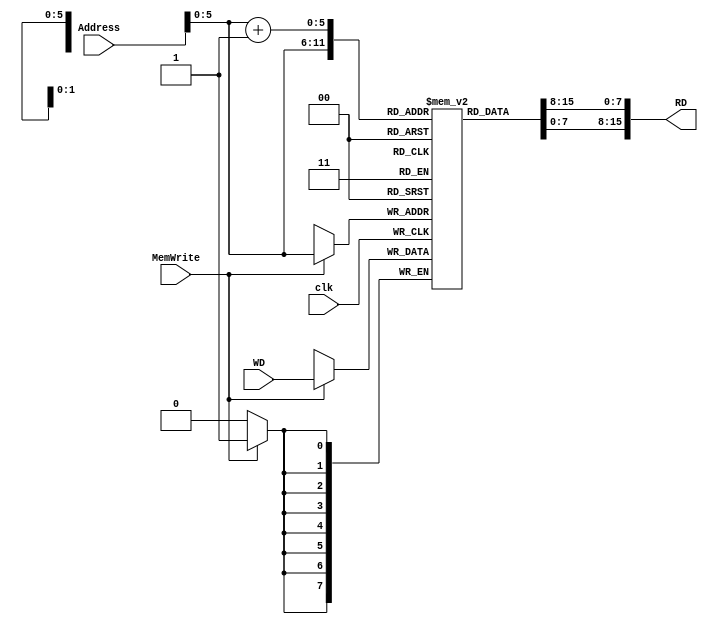
//Mustafa Destegl
//2109973
module Instr_Data_Mem(clk,Address, RD, MemWrite,WD);
	input [7:0] Address;
	input [7:0] WD;
	input clk, MemWrite;
	output reg [15:0] RD;
	
	reg [7:0] Memory [0:63];
	
	
	integer i;	
	
	initial begin		// initializing memory for debug purposes														
		{Memory[1],Memory[0]}   = 16'b10_1_001_1_0_00010011;		//BL #19
		{Memory[3],Memory[2]}   = 16'b11_1_001_0_010_000101;  	//MOV R2, #5																						
		{Memory[5],Memory[4]}   = 16'b11_0_000_0_000_100100;  	//LDR R0,[R4,#4]
		{Memory[7],Memory[6]}   = 16'b00_0_000_0_011_001_110;		//ADD R3,R1,#6	
		{Memory[9],Memory[8]}   = 16'b00_0_010_0_001_010_001;		//SUB R1,R2,#1	
		{Memory[11],Memory[10]} = 16'b00_0_100_0_000_001_100;		//AND R0,R1,#4		
		{Memory[13],Memory[12]} = 16'b00_0_101_0_000_001_100;		//ORR R0,R1,#4	
		{Memory[15],Memory[14]} = 16'b00_0_110_0_010_011_011;		//XOR R2,R3,#3			
		{Memory[17],Memory[16]} = 16'b00_0_111_0_000_111_111;		//CLR R0	
		{Memory[19],Memory[18]} = 16'b01_0_000_0_010_111_111;		//RTL R2   ; all other shifts made with this since they are same almost exept shift_type control signal.	
		{Memory[21],Memory[20]} = 16'b10_1_000_0_0_00010011;		//BUN #19 
		{Memory[23],Memory[22]} = 16'b10_1_001_1_0_00010011;		//BL #19
		{Memory[25],Memory[24]} = 16'b10_0_010_1_111_100000;		//BX LR , BX R7
		{Memory[27],Memory[26]} = 16'b11_0_010_0_010_000_100;		//STR R2,[R0,#4]
		{Memory[29],Memory[28]} = 16'b00_0_001_0_011_010_100;		//ADDI R3,R2,R4
		{Memory[31],Memory[30]} = 16'b10_0_100_0_0_00010101;		//BEQ #21
		{Memory[33],Memory[32]} = 16'b10_0_101_0_0_00010101;		//BNE #21
		{Memory[35],Memory[34]} = 16'b10_0_010_1_010_101011;		//BIL R2
		{Memory[37],Memory[36]} = 16'b10_0_110_0_0_00010101;		//BCS #21
		{Memory[39],Memory[38]}   = 16'b10_0_111_0_0_00011110;		//BCC #30
		
		for(i=40; i<64; i= i+1) begin
			Memory[i] = 0;
		end
		
	end
	
	always @(Address)
	begin
		RD = {Memory[Address+1],Memory[Address]};
	end

	
	always @(posedge clk)  // wrie at the rising edge of the clock
	begin
		if(MemWrite) begin
			Memory[Address] <= WD;
		end
	end


	
endmodule